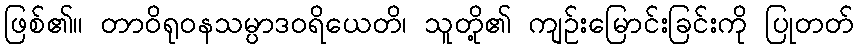
ဖြစ်၏။ တာဝိရုဝနသမ္ပာဒဝရိယေတိ၊ သူတို့၏ ကျဉ်းမြောင်းခြင်းကို ပြုတတ်